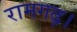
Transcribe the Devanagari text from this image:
रामगढ़।